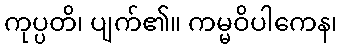
ကုပ္ပတိ၊ ပျက်၏။ ကမ္မဝိပါကေန၊